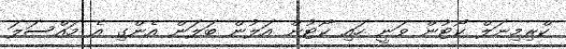
ކްރިމިނަލް ކޯޓުން ވަނީ ހައި ކޯޓުުން އަލުން ބަލަން އެންގި އެ މައްސަލަ